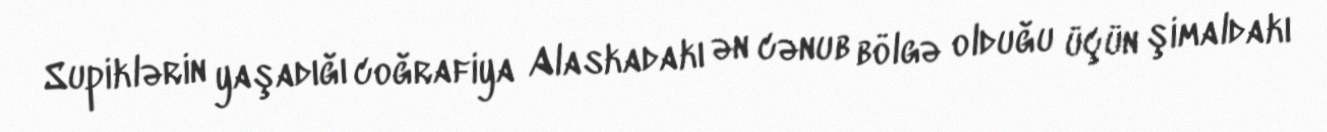
Supiklərin yaşadığı coğrafiya Alaskadakı ən cənub bölgə olduğu üçün şimaldakı